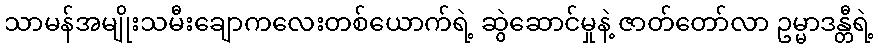
သာမန်အမျိုးသမီးချောကလေးတစ်ယောက်ရဲ့ ဆွဲဆောင်မှုနဲ့ ဇာတ်တော်လာ ဥမ္မာဒန္တီရဲ့